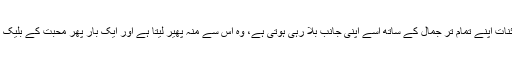
عین اس وقت جبکہ ایک نئی کائنات اپنے تمام تر جمال کے ساتھ اسے اپنی جانب بلا رہی ہوتی ہے، وہ اس سے منہ پھیر لیتا ہے اور ایک بار پھر محبت کے بلیک ہول میں چھلانگ لگا دیتے ہیں۔